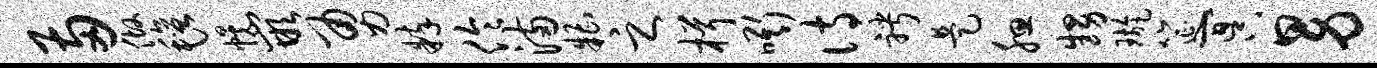
两做毡幌嵌勇粹伶满糟之楫嘶诗聘是腮甥璇筵冥男